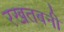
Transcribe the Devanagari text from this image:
रखतबनी